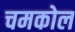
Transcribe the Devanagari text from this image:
चमकोल